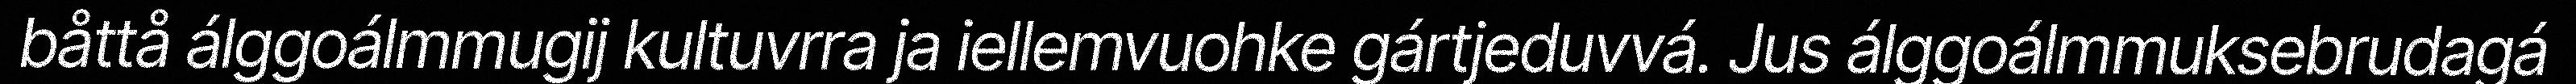
båttå álggoálmmugij kultuvrra ja iellemvuohke gártjeduvvá. Jus álggoálmmuksebrudagá